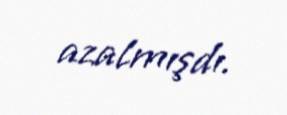
azalmışdı.